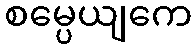
စမ္ပေယျကေ